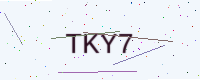
Text: TKY7